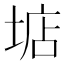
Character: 𡌽